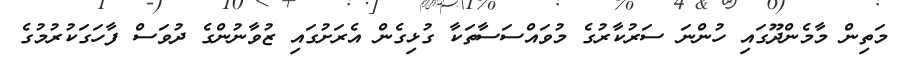
މަތިން މާމެންދޫގައި ހުންނަ ސަރުކާރުގެ މުވައްސަސާތަކާ ގުޅިގެން އެރަށުގައި ޒުވާނުންގެ ދުވަސް ފާހަގަކުރުމުގެ